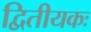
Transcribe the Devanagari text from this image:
द्वितीयकः